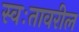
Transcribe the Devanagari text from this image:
स्वःतावरील